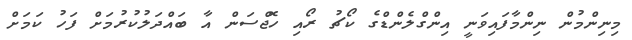
މިނިންމުން ނިންމާފައިވަނީ އިންގްލެންޑްގެ ކޯޗު ރޯއި ހޮޖްސަން އާ ބައްދަލުކުރުމަށް ފަހު ކަމަށް